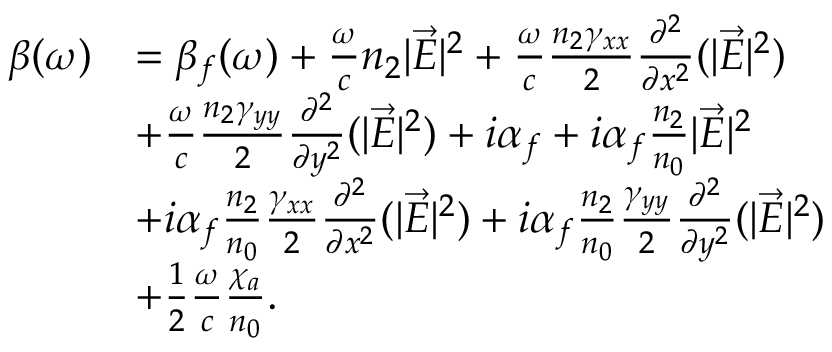
\begin{array} { r l } { \beta ( \omega ) } & { = \beta _ { f } ( \omega ) + \frac { \omega } { c } n _ { 2 } | \vec { E } | ^ { 2 } + \frac { \omega } { c } \frac { n _ { 2 } \gamma _ { x x } } { 2 } \frac { \partial ^ { 2 } } { \partial x ^ { 2 } } ( | \vec { E } | ^ { 2 } ) } \\ & { + \frac { \omega } { c } \frac { n _ { 2 } \gamma _ { y y } } { 2 } \frac { \partial ^ { 2 } } { \partial y ^ { 2 } } ( | \vec { E } | ^ { 2 } ) + i \alpha _ { f } + i \alpha _ { f } \frac { n _ { 2 } } { n _ { 0 } } | \vec { E } | ^ { 2 } } \\ & { + i \alpha _ { f } \frac { n _ { 2 } } { n _ { 0 } } \frac { \gamma _ { x x } } { 2 } \frac { \partial ^ { 2 } } { \partial x ^ { 2 } } ( | \vec { E } | ^ { 2 } ) + i \alpha _ { f } \frac { n _ { 2 } } { n _ { 0 } } \frac { \gamma _ { y y } } { 2 } \frac { \partial ^ { 2 } } { \partial y ^ { 2 } } ( | \vec { E } | ^ { 2 } ) } \\ & { + \frac { 1 } { 2 } \frac { \omega } { c } \frac { \chi _ { a } } { n _ { 0 } } . } \end{array}